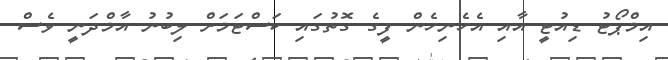
އިމްޕޯޓު ޑިއުޓީ އާއި އެހެނިހެން ފީގެ ގޮތުގައި ކަސްޓަމަށް ލިބުނު އާމްދަނީ ވެސް